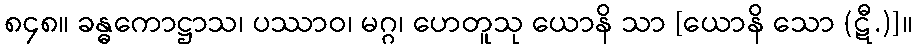
၈၄၈။ ခန္ဓကောဋ္ဌာသ၊ ပဿာဝ၊ မဂ္ဂ၊ ဟေတူသု ယောနိ သာ [ယောနိ သော (ဋီ.)]။